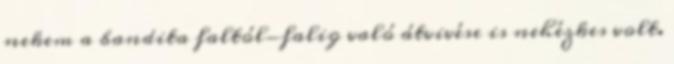
nekem a bandita faltól-falig való átvivése is nehézkes volt.